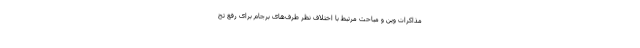
مذاکرات وین و مباحث مرتبط با اختلاف نظر طرف‌های برجام برای رفع تح